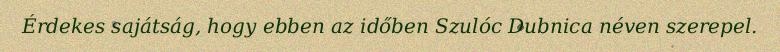
Érdekes sajátság, hogy ebben az időben Szulóc Dubnica néven szerepel.